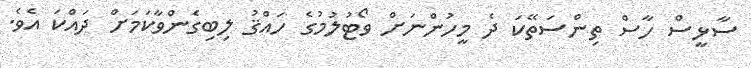
ސާޅީސް ހާސް ތިންސަތޭކަ ދެ މީހުންނަށް ވޯޓުލުމުގެ ހައްޤު ލިބިގެންވާކަމަށް ދައްކަ އެވެ.